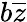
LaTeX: b{\overline{{z}}}